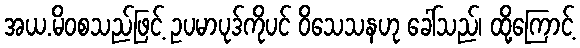
အယ.မိဝစသည်ဖြင့် ဥပမာပုဒ်ကိုပင် ဝိသေသနဟု ခေါ်သည်၊ ထို့ကြောင့်